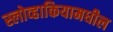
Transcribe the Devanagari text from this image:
स्लोव्हाकियामधील